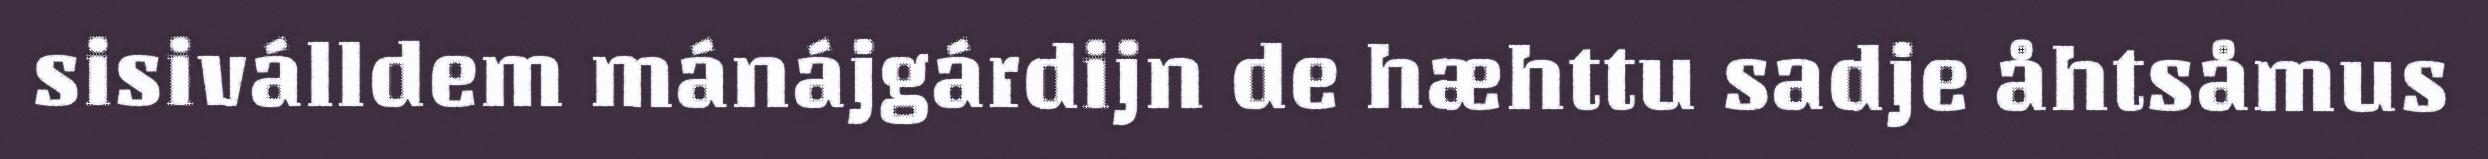
sisiválldem mánájgárdijn de hæhttu sadje åhtsåmus